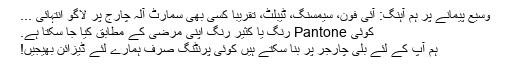
وسیع پیمانے پر ہم آہنگ: آئی فون، سیمسنگ، ٹیبلٹ، تقریبا کسی بھی سمارٹ آلہ چارج پر لاگو انتہائی ...
کوئی Pantone رنگ یا کثیر رنگ اپنی مرضی کے مطابق کیا جا سکتا ہے.
ہم آپ کے لئے بلی چارجر پر بنا سکتے ہیں کوئی پرنٹنگ صرف ہمارے لئے ڈیزائن بھیجیں!